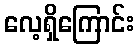
လေ့ရှိကြောင်း